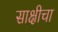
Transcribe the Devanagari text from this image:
साक्षीचा